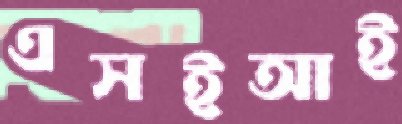
এসইআই